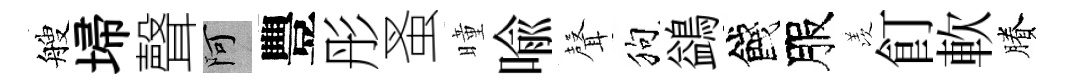
艘埽聲阿豐彤蚤曈喩𮋻狗鷁餞服羡飣軟賸